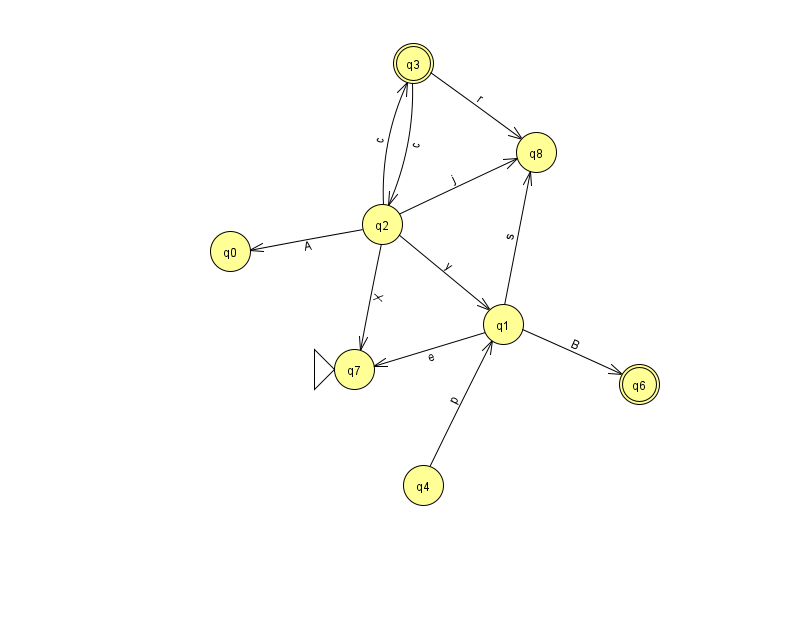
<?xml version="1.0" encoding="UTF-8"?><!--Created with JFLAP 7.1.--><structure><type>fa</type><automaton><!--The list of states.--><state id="0" name="q0"><x>230.0</x><y>238.0</y></state><state id="1" name="q1"><x>503.0</x><y>311.0</y></state><state id="2" name="q2"><x>382.0</x><y>211.0</y></state><state id="3" name="q3"><x>413.0</x><y>50.0</y><final/></state><state id="4" name="q4"><x>423.0</x><y>472.0</y></state><state id="6" name="q6"><x>639.0</x><y>371.0</y><final/></state><state id="7" name="q7"><x>354.0</x><y>356.0</y><initial/></state><state id="8" name="q8"><x>536.0</x><y>139.0</y></state><!--The list of transitions.--><transition><from>2</from><to>8</to><read>j</read></transition><transition><from>1</from><to>7</to><read>e</read></transition><transition><from>2</from><to>0</to><read>A</read></transition><transition><from>3</from><to>8</to><read>r</read></transition><transition><from>1</from><to>6</to><read>B</read></transition><transition><from>2</from><to>7</to><read>X</read></transition><transition><from>4</from><to>1</to><read>p</read></transition><transition><from>1</from><to>8</to><read>s</read></transition><transition><from>2</from><to>1</to><read>y</read></transition><transition><from>2</from><to>3</to><read>c</read></transition><transition><from>3</from><to>2</to><read>c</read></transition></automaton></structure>